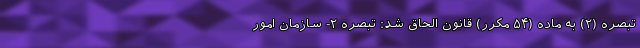
تبصره (۲) به ماده (۵۴ مکرر) قانون الحاق شد: تبصره ۲- سازمان امور